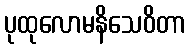
ပုထုလောမနိသေဝိတာ